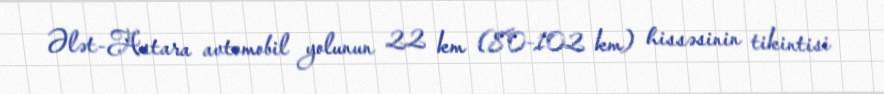
Ələt-Astara avtomobil yolunun 22 km (80-102 km) hissəsinin tikintisi